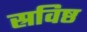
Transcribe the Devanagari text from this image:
स्रविष्ठ